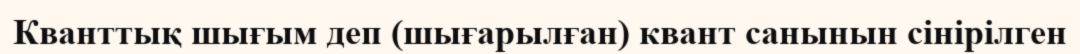
Кванттық шығым деп (шығарылған) квант санынын сінірілген